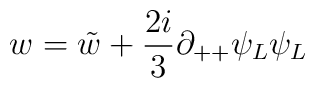
w =\tilde{w} + {{2i} \over 3} \partial_{++} \psi_L \psi_L